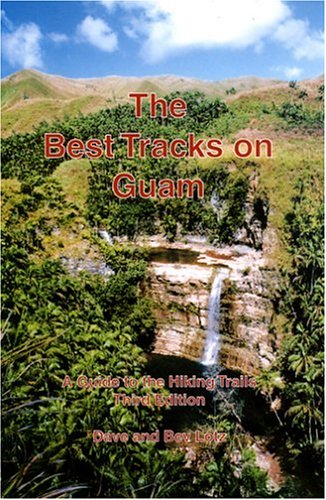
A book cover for The Best Tracks on Guam: A Guide to the Hiking Trails; Dave Lotz; Travel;